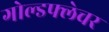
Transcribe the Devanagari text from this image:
गोल्डफ्लेचर